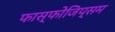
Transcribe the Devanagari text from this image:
फास्फोजिप्सम